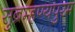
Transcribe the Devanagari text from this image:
सुब्रम्हण्यपुरम